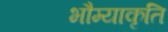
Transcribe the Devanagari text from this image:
भौम्याकृति